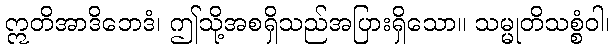
ဣတိအာဒိဘေဒံ၊ ဤသို့အစရှိသည်အပြားရှိသော။ သမ္မုတိသစ္စံဝါ၊